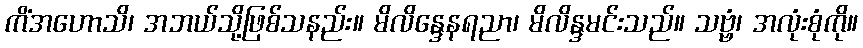
ကိံအဟောသိ၊ အဘယ်သို့ဖြစ်သနည်း။ မိလိန္ဒေနရညာ၊ မိလိန္ဒမင်းသည်။ သဗ္ဗံ၊ အလုံးစုံကို။